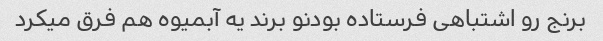
برنج رو اشتباهی فرستاده بودنو برند یه آبمیوه هم فرق میکرد